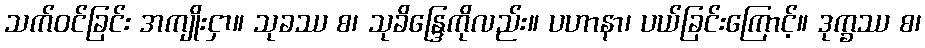
သက်ဝင်ခြင်း အကျိုးငှာ။ သုခဿ စ၊ သုခိန္ဒြေကိုလည်း။ ပဟာနာ၊ ပယ်ခြင်းကြောင့်။ ဒုက္ခဿ စ၊